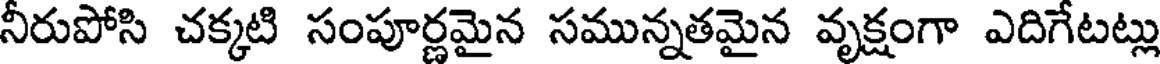
నీరుపోసి చక్కటి సంపూర్ణమైన సమున్నతమైన వృక్షంగా ఎదిగేటట్లు